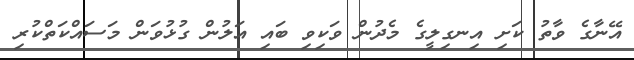
އޭނާގެ ވާތު ކަށި އިނގިލީގެ މެދުން ވަކިވި ބައި އަލުން ގުޅުވަން މަސައްކަތްކުރި